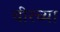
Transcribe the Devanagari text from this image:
वीरच्या